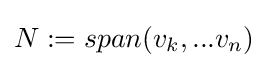
{\textstyle N:=span(v_{k},...v_{n})}